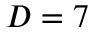
D = 7